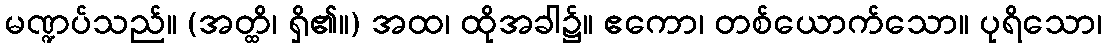
မဏ္ဍပ်သည်။ (အတ္ထိ၊ ရှိ၏။) အထ၊ ထိုအခါ၌။ ဧကော၊ တစ်ယောက်သော။ ပုရိသော၊